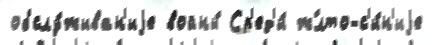
обслу́живан'иjе войны́ Ср'ед'и́ ж́лто-с'и́н'иjе